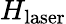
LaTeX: H_{\mathrm{laser}}